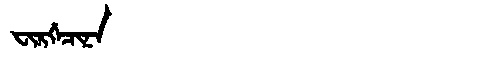
Manchu: ᠸᡳᡵᡤᡝᠴᡳᠨᠠ
Romanization: FIRGECINA